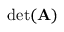
\operatorname* { d e t } ( \mathbf { A } )